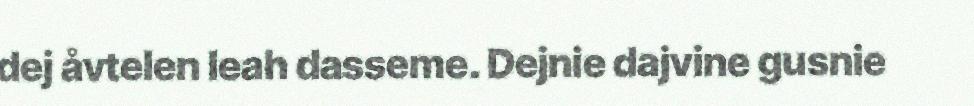
dej åvtelen leah dasseme. Dejnie dajvine gusnie